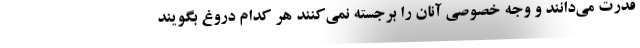
قدرت می‌دانند و وجه خصوصی آنان را برجسته نمی‌کنند هر کدام دروغ بگویند